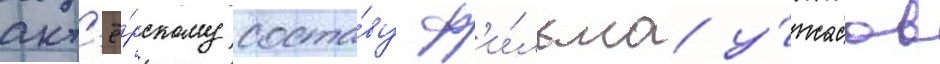
акт'ё́рскому соста́ву ф'и́льма у́жасов